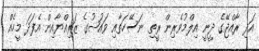
އަދި ރާއްޖޭގެ ދީނީ އިލްމުވެރިން ރީތި ނަސޭހަތާއި ވައުޟުގެ ޒަރިއްޔާއިން އެފަދަ މީހެއް